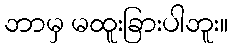
ဘာမှ မထူးခြားပါဘူး။